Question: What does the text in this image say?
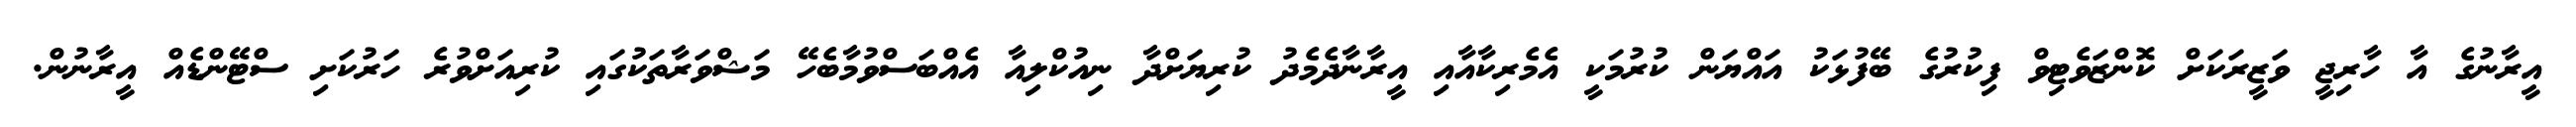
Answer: އީރާނުގެ އާ ހާރިޖީ ވަޒީރަކަށް ކޮންޒަވެޓިވް ފިކުރުގެ ބޭފުޅަކު އައްޔަން ކުރުމަކީ އެމެރިކާއާއި އީރާނާދެމެދު ކުރިޔަށްދާ ނިއުކްލިއާ އެއްބަސްވުމާބެހޭ މަޝްވަރާތަކުގައި ކުރިއަށްވުރެ ހަރުކަށި ސްޓޭންޑެއް އީރާނުން.